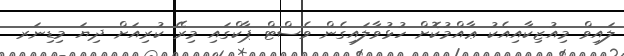
ލައިވް މިއުޒިކާއިއެކު ޢާއްމުކޮށް ހުޅުވާލައިގެން ވެސްޓް ޕާކްގައި މިރޭ ކުރިއަށް ދިޔަ މިޑިނަރ